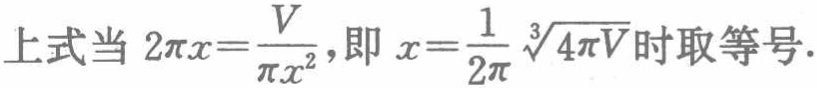
上式当 \(2\pi x = \frac{V}{\pi x^{2}}\)，即 \(x = \frac{1}{2\pi}\sqrt[3]{4\pi V}\) 时取等号.